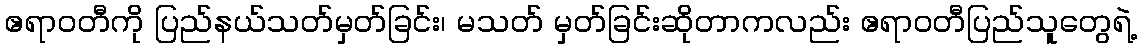
ဧရာဝတီကို ပြည်နယ်သတ်မှတ်ခြင်း၊ မသတ် မှတ်ခြင်းဆိုတာကလည်း ဧရာဝတီပြည်သူတွေရဲ့